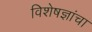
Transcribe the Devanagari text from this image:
विशेषज्ञांचा